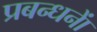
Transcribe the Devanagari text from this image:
प्रबन्धनाें